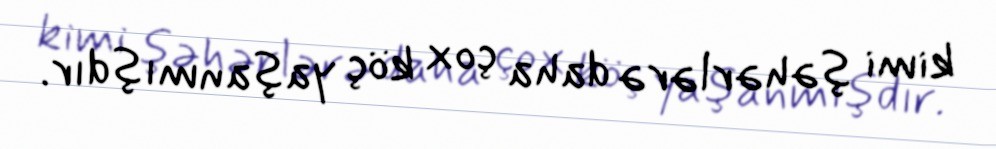
kimi şəhərlərə daha çox köç yaşanmışdır.